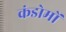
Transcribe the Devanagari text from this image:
कंडोमों